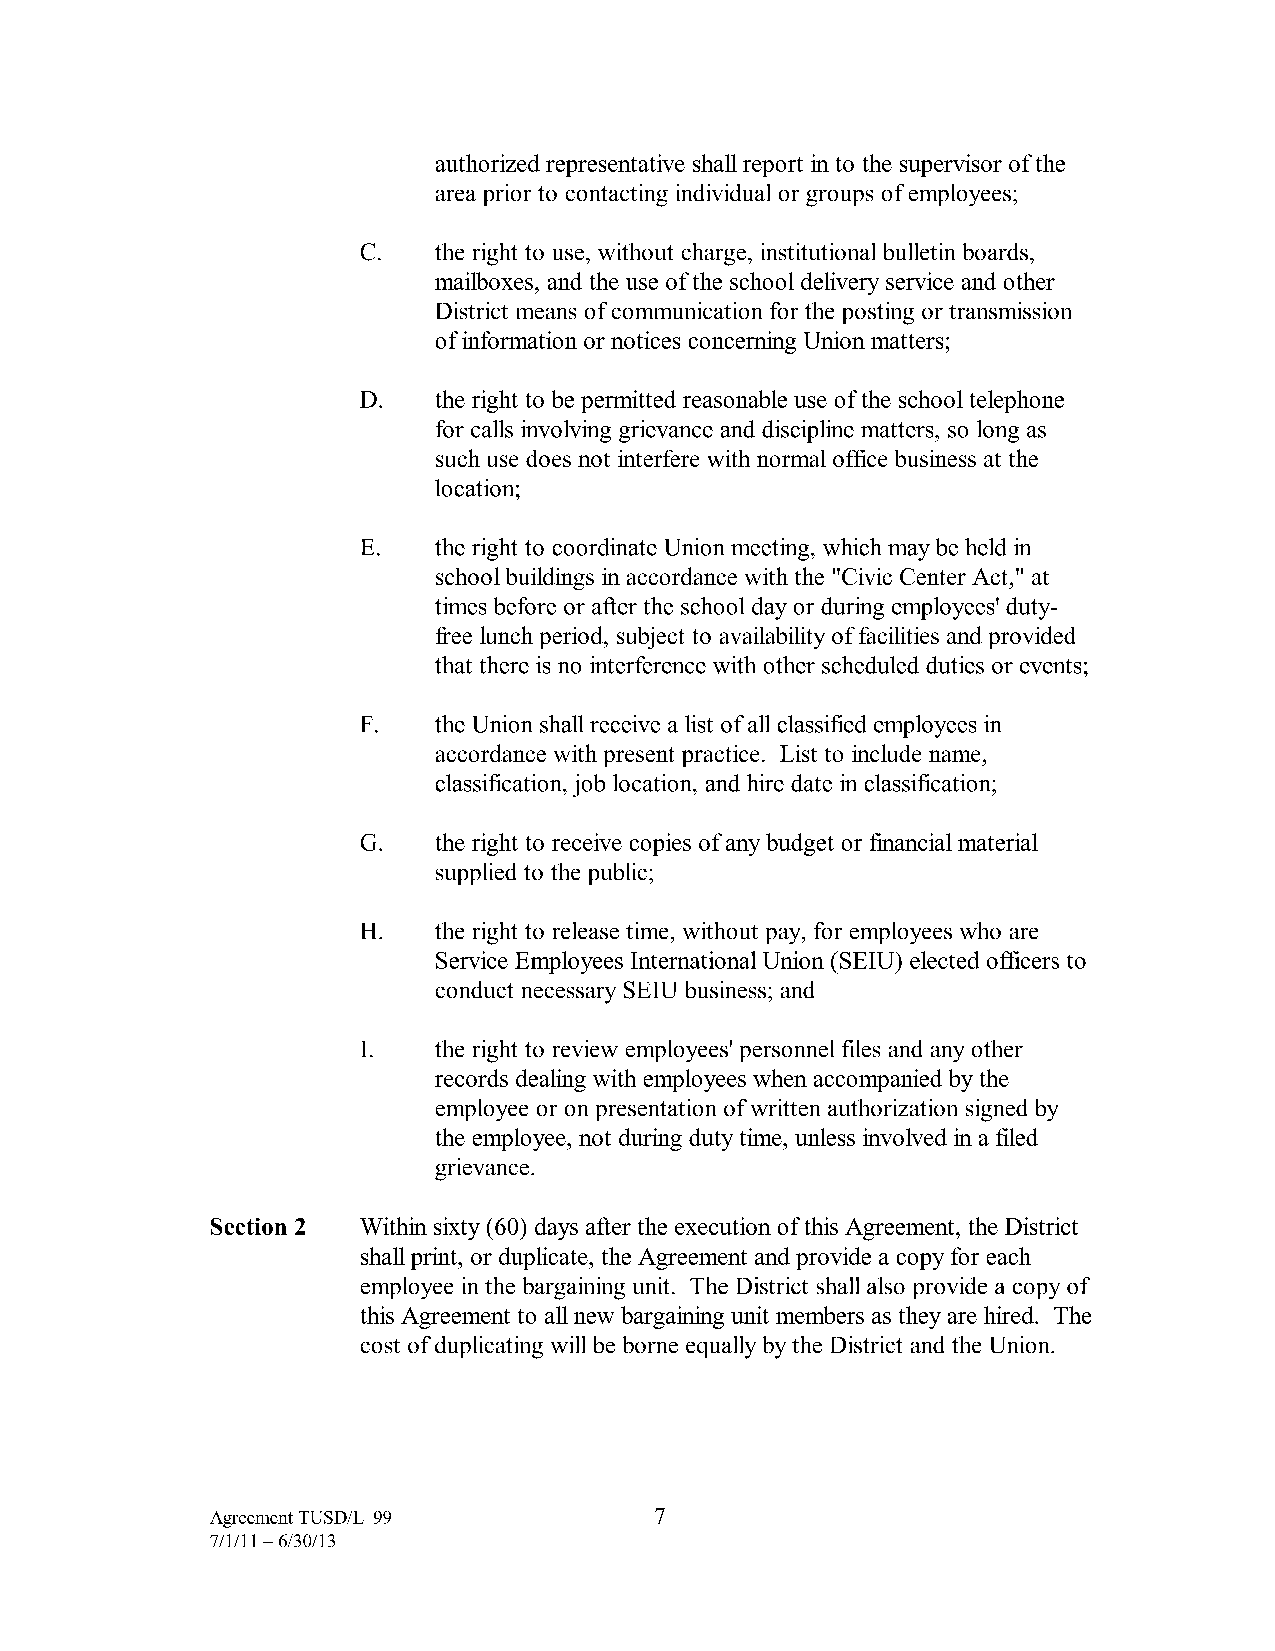
authorized representative shall report in to the supervisor of the
 area prior to contacting individual or groups of employees;
 C.   the right to use, without charge, institutional bulletin boards,
 mailboxes, and the use of the school delivery service and other
 District means of communication for the posting or transmission
 of information or notices concerning Union matters;
 D.   the right to be permitted reasonable use of the school telephone
 for calls involving grievance and discipline matters, so long as
 such use does not interfere with normal office business at the
 location;
 E.   the right to coordinate Union meeting, which may be held in
 school buildings in accordance with the "Civic Center Act," at
 times before or after the school day or during employees' duty
 free lunch period, subject to availability of facilities and provided
 that there is no interference with other scheduled duties or events;
 F.   the Union shall receive a list of all classified employees in
 accordance with present practice. List to include name,
 classification, job location, and hire date in classification;
 G.   the right to receive copies of any budget or financial material
 supplied to the public;
 H.   the right to release time, without pay, for employees who are
 Service Employees International Union (SEIU) elected officers to
 conduct necessary SEIU business; and
 I.   the right to review employees' personnel files and any other
 records dealing with employees when accompanied by the
 employee or on presentation of written authorization signed by
 the employee, not during duty time, unless involved in a filed
 gnevance.
 Section 2 Within sixty ( 60) days after the execution of this Agreement, the District
 shall print, or duplicate, the Agreement and provide a copy for each
 employee in the bargaining unit. The District shall also provide a copy of
 this Agreement to all new bargaining unit members as they are hired. The
 cost of duplicating will be borne equally by the District and the Union.
 Agreement TUSD/L-99          7
 7/1/11-6/30/13